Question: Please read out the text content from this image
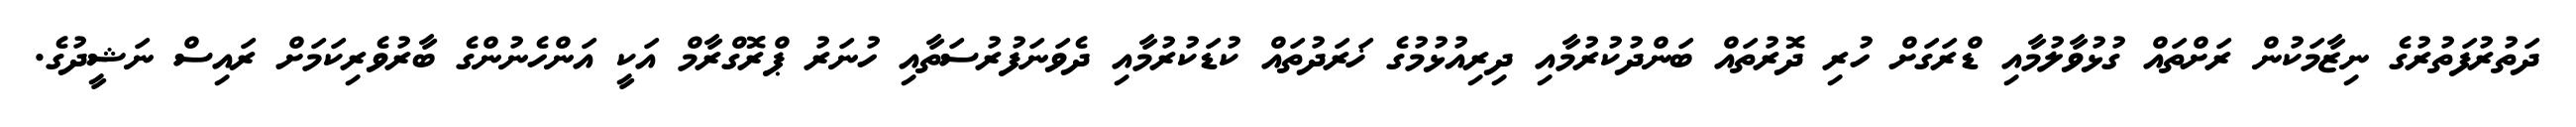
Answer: ދަތުރުފަތުރުގެ ނިޒާމަކުން ރަށްތައް ގުޅުވާލުމާއި ޑްރަގަށް ހުރި ދޮރުތައް ބަންދުކުރުމާއި ދިރިއުޅުމުގެ ޚަރަދުތައް ކުޑަކުރުމާއި ދެވަނަފުރުސަތާއި ހުނަރު ޕްރޮގްރާމް އަކީ އަންހެނުންގެ ބާރުވެރިކަމަށް ރައިސް ނަޝީދުގެ.